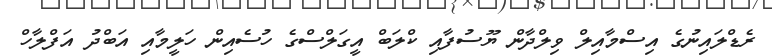
ރެޑްލައިނުގެ އިސްމާއިލް ވިލްދާން ޔޫސުފާއި ކްލަބް އީގަލްސްގެ ހުސެއިން ހަލީމާއި އަބްދު އަފްލާހް